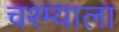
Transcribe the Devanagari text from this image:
चश्म्याला